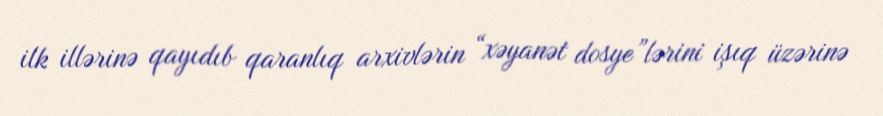
ilk illərinə qayıdıb qaranlıq arxivlərin “xəyanət dosye”lərini işıq üzərinə